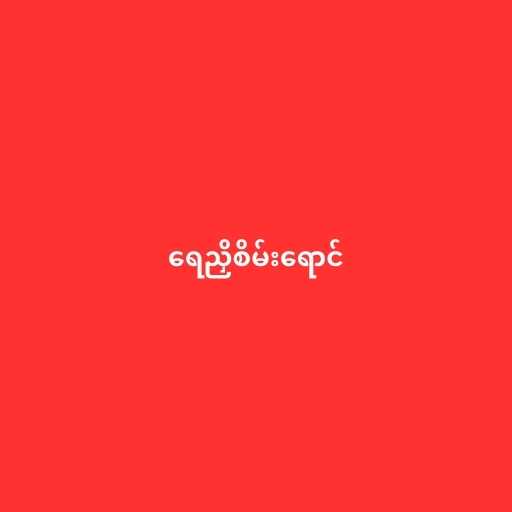
ရေညှိစိမ်းရောင်